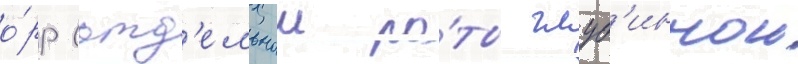
о́рр (отд'ельнои ро́ты глуб'иннои